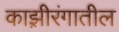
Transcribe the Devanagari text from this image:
काझ़ीरंगातील